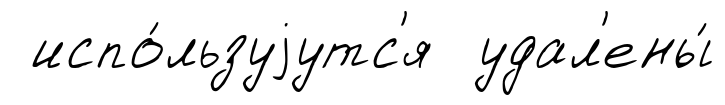
испо́льзуjутс'я удал'ены́